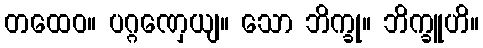
တထေဝ။ ပဂ္ဂဏှေယျ။ သော ဘိက္ခု။ ဘိက္ခူဟိ။